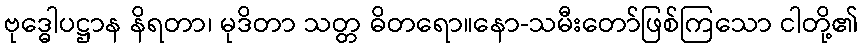
ဗုဒ္ဓေါပဋ္ဌာန နိရတာ၊ မုဒိတာ သတ္တ ဓိတရော။နော-သမီးတော်ဖြစ်ကြသော ငါတို့၏